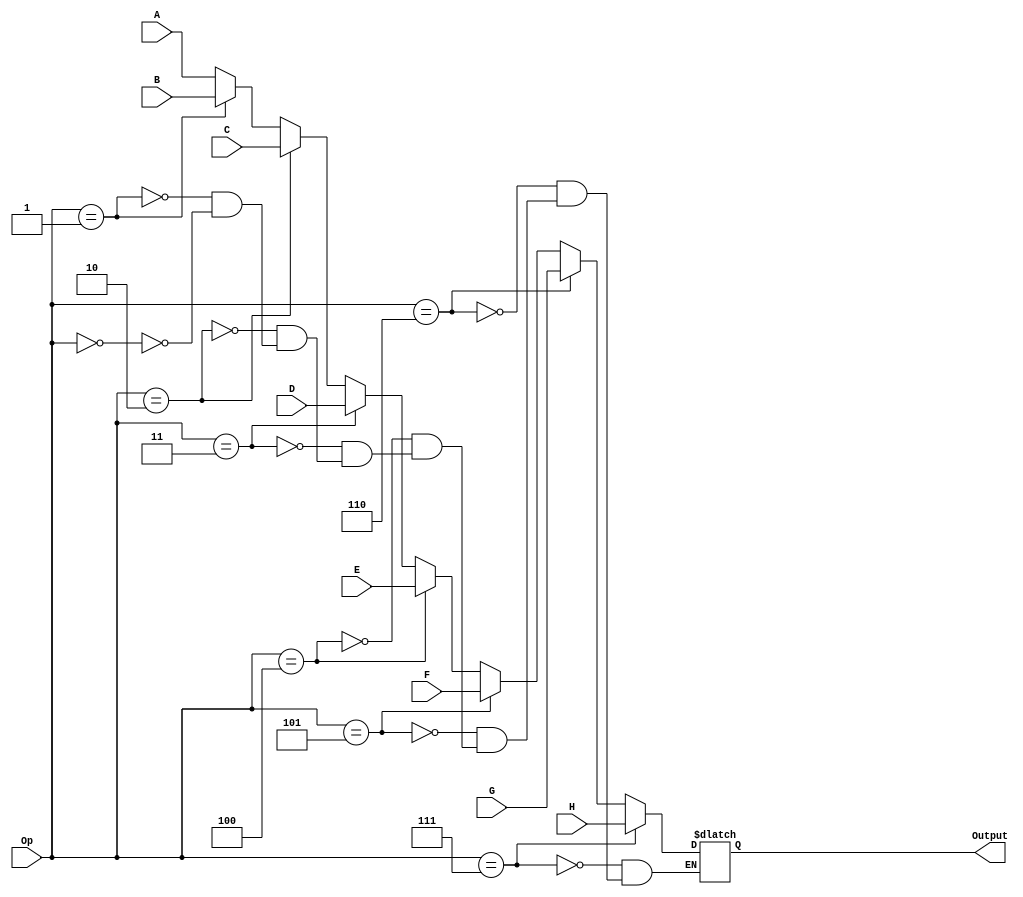
module mux_16b_8input(
    input [15:0] A,
    input [15:0] B,
    input [15:0] C,
    input [15:0] D,
    input [15:0] E,
    input [15:0] F,
    input [15:0] G,
    input [15:0] H,
    input [2:0] Op,
    output [15:0] Output
    );

reg [15:0] out;
	 assign Output = out;
always @ (*) begin
	if (Op == 0)
	out = A;
	
	if (Op == 1)
	out = B;
	
	if (Op == 2)
	out = C;
	
	if (Op == 3)
	out = D;
	
	if (Op == 4)
	out = E;
	
	if (Op == 5)
	out = F;
	
	if (Op == 6)
	out = G;
	
	if (Op == 7)
	out = H;
	end

endmodule